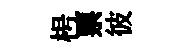
枵票彼